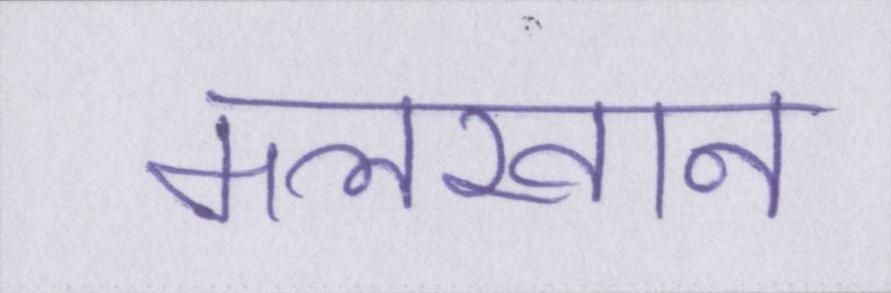
मलखान